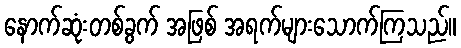
နောက်ဆုံးတစ်ခွက် အဖြစ် အရက်များသောက်ကြသည်။